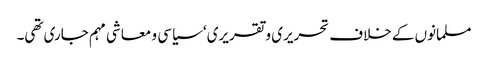
مسلمانوں کے خلاف تحریری و تقریری‘ سیاسی و معاشی مہم جاری تھی۔